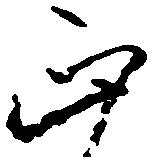
正